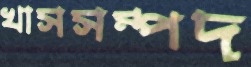
খাসসম্পদ